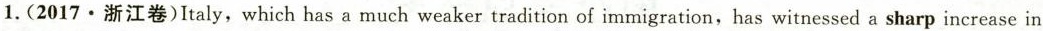
1.(2017.浙江卷)Italy,which has a much weaker tradition of immigration, has witnessed a sharp increase in